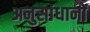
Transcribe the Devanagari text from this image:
अनुसांधानों